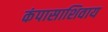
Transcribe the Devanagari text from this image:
कंपासाशिवाय